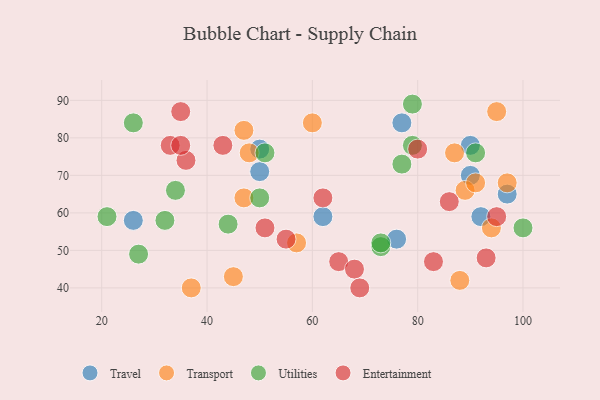
{"axis": {"x": "GDP", "y": "Life Expectancy"}, "legend": ["Entertainment", "Transport", "Travel", "Utilities"], "data": [{"x": "90", "y": 70, "type": "Travel"}, {"x": "97", "y": 65, "type": "Travel"}, {"x": "62", "y": 59, "type": "Travel"}, {"x": "50", "y": 77, "type": "Travel"}, {"x": "77", "y": 84, "type": "Travel"}, {"x": "76", "y": 53, "type": "Travel"}, {"x": "26", "y": 58, "type": "Travel"}, {"x": "50", "y": 71, "type": "Travel"}, {"x": "90", "y": 78, "type": "Travel"}, {"x": "92", "y": 59, "type": "Travel"}, {"x": "87", "y": 76, "type": "Transport"}, {"x": "89", "y": 66, "type": "Transport"}, {"x": "48", "y": 76, "type": "Transport"}, {"x": "60", "y": 84, "type": "Transport"}, {"x": "47", "y": 82, "type": "Transport"}, {"x": "97", "y": 68, "type": "Transport"}, {"x": "88", "y": 42, "type": "Transport"}, {"x": "47", "y": 64, "type": "Transport"}, {"x": "91", "y": 68, "type": "Transport"}, {"x": "57", "y": 52, "type": "Transport"}, {"x": "95", "y": 87, "type": "Transport"}, {"x": "37", "y": 40, "type": "Transport"}, {"x": "45", "y": 43, "type": "Transport"}, {"x": "94", "y": 56, "type": "Transport"}, {"x": "27", "y": 49, "type": "Utilities"}, {"x": "21", "y": 59, "type": "Utilities"}, {"x": "34", "y": 66, "type": "Utilities"}, {"x": "77", "y": 73, "type": "Utilities"}, {"x": "79", "y": 89, "type": "Utilities"}, {"x": "79", "y": 78, "type": "Utilities"}, {"x": "32", "y": 58, "type": "Utilities"}, {"x": "50", "y": 64, "type": "Utilities"}, {"x": "100", "y": 56, "type": "Utilities"}, {"x": "44", "y": 57, "type": "Utilities"}, {"x": "51", "y": 76, "type": "Utilities"}, {"x": "73", "y": 51, "type": "Utilities"}, {"x": "73", "y": 52, "type": "Utilities"}, {"x": "91", "y": 76, "type": "Utilities"}, {"x": "26", "y": 84, "type": "Utilities"}, {"x": "93", "y": 48, "type": "Entertainment"}, {"x": "35", "y": 87, "type": "Entertainment"}, {"x": "65", "y": 47, "type": "Entertainment"}, {"x": "33", "y": 78, "type": "Entertainment"}, {"x": "36", "y": 74, "type": "Entertainment"}, {"x": "51", "y": 56, "type": "Entertainment"}, {"x": "80", "y": 77, "type": "Entertainment"}, {"x": "43", "y": 78, "type": "Entertainment"}, {"x": "55", "y": 53, "type": "Entertainment"}, {"x": "68", "y": 45, "type": "Entertainment"}, {"x": "69", "y": 40, "type": "Entertainment"}, {"x": "35", "y": 78, "type": "Entertainment"}, {"x": "62", "y": 64, "type": "Entertainment"}, {"x": "95", "y": 59, "type": "Entertainment"}, {"x": "83", "y": 47, "type": "Entertainment"}, {"x": "86", "y": 63, "type": "Entertainment"}]}